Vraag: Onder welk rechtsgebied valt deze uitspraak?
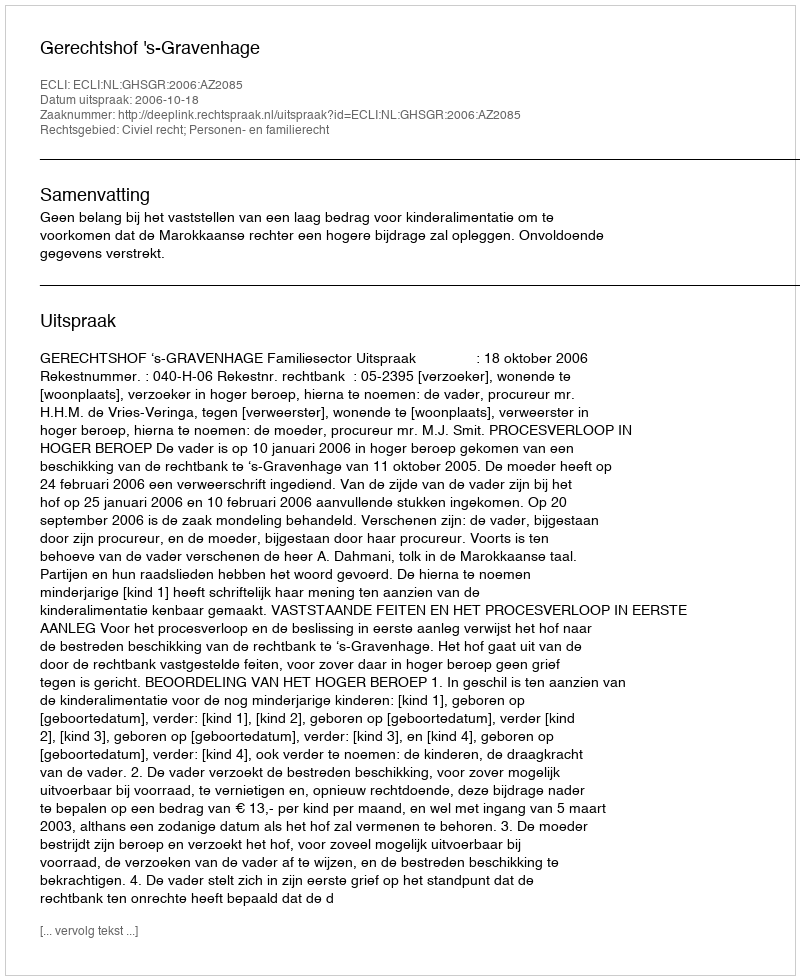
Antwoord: Civiel recht; Personen- en familierecht